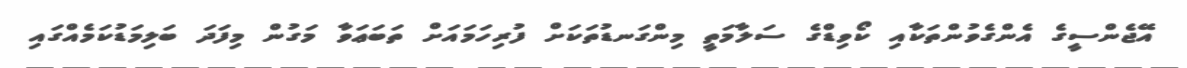
އޭޖެންސީގެ އެންގެވުންތަކާއި ކޯވިޑްގެ ސަލާމަތީ މިންގަނޑުތަކަށް ފުރިހަމައަށް ތަބަޢަވާ މަގުން މިފަދަ ބަލިމަޑުކަމެއްގައި